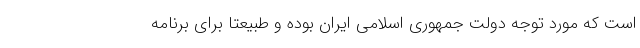
است که مورد توجه‌ دولت جمهوری اسلامی ایران بوده و طبیعتا برای برنامه